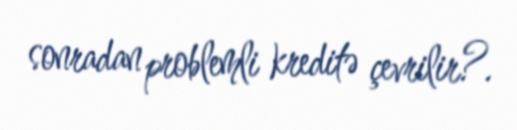
sonradan problemli kreditə çevrilir?.